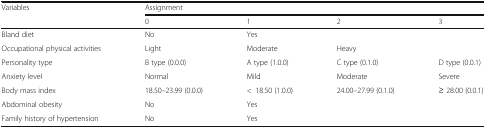
<table><thead><tr><td rowspan="2"><b>Variables</b></td><td colspan="4"><b>Assignment</b></td></tr><tr><td><b>0</b></td><td><b>1</b></td><td><b>2</b></td><td><b>3</b></td></tr></thead><tbody><tr><td>Bland diet</td><td>No</td><td>Yes</td><td></td><td></td></tr><tr><td>Occupational physical activities</td><td>Light</td><td>Moderate</td><td>Heavy</td><td></td></tr><tr><td>Personality type</td><td>B type (0.0.0)</td><td>A type (1.0.0)</td><td>C type (0.1.0)</td><td>D type (0.0.1)</td></tr><tr><td>Anxiety level</td><td>Normal</td><td>Mild</td><td>Moderate</td><td>Severe</td></tr><tr><td>Body mass index</td><td>18.50–23.99 (0.0.0)</td><td>&lt;18.50 (1.0.0)</td><td>24.00–27.99 (0.1.0)</td><td>≥ 28.00 (0.0.1)</td></tr><tr><td>Abdominal obesity</td><td>No</td><td>Yes</td><td></td><td></td></tr><tr><td>Family history of hypertension</td><td>No</td><td>Yes</td><td></td><td></td></tr></tbody></table>